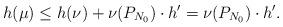
LaTeX: \begin{align*} h(\mu) \leq h(\nu) + \nu(P_{N_0}) \cdot h' = \nu(P_{N_0}) \cdot h'.\end{align*}